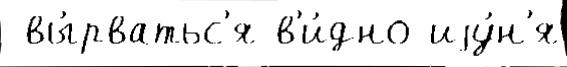
 вы́рватьс'я в'и́дно иjу́н'я